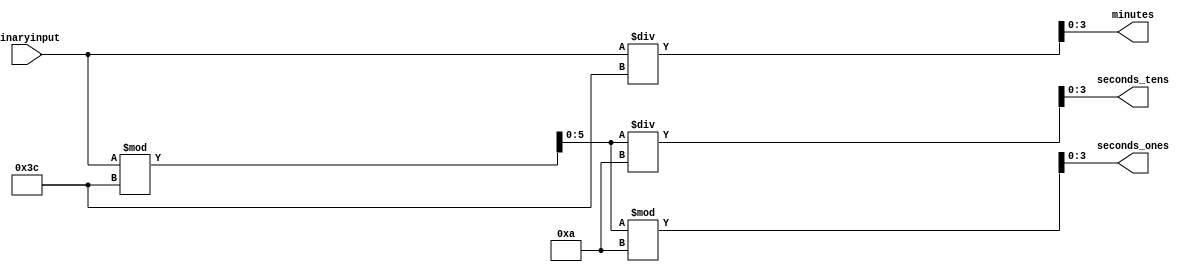
`timescale 1ns / 1ps
//////////////////////////////////////////////////////////////////////////////////
// Company: 
// Engineer: 
// 
// Design Name: 
// Module Name: BinarytoBCD
// Project Name: 
// Target Devices: 
// Tool Versions: 
// Description: 
// 
// Dependencies: 
// 
// Revision:
// Revision 0.01 - File Created
// Additional Comments:
// 
//////////////////////////////////////////////////////////////////////////////////


module BinarytoBCD(
    input [7:0] binaryinput,
    output [3:0] minutes,
    output [3:0] seconds_tens,
    output [3:0] seconds_ones
    );
    wire [5:0] seconds;

    
    assign seconds = binaryinput % 60;
    assign minutes = binaryinput / 60;
    
    assign seconds_tens = seconds / 10;
    assign seconds_ones = seconds % 10;
    
endmodule